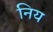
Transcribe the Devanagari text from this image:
निय